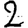
Digit: 2